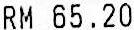
RM 65.20